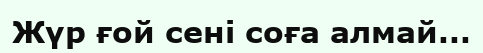
Жүр ғой сені соға алмай...